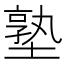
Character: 塾